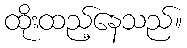
ထိုးထည့်နေသည်။